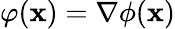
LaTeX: \varphi(\mathbf{x})=\nabla\phi(\mathbf{x})